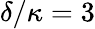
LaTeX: \delta/\kappa=3